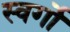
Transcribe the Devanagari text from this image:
स्वर्गो